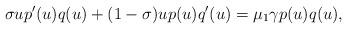
LaTeX: \begin{align*} \sigma u p'(u) q(u) + (1-\sigma) u p(u) q'(u) = \mu_1 \gamma p(u) q(u), \end{align*}